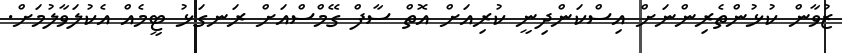
ޒުވާން ކުޅުންތެރިންނަށް އިސްކަންދިނީ ކުރިއަށް އޮތް ސާފް ގޭމްސްއަށް ރަނގަޅު ޓީމެއް އެކުލަވާލުމަށް.